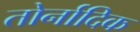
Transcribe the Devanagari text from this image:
तोर्नादिक